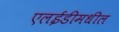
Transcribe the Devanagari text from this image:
एलईडीमधील